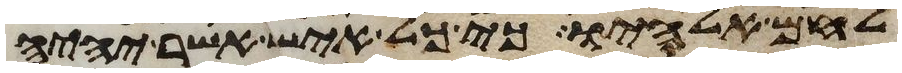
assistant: לחם אלהיו כי כל איש אשר יהיה